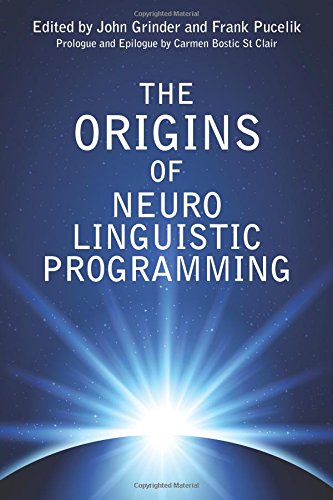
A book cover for Origins of Neuro Linguistic Programming; John Grinder; Self-Help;